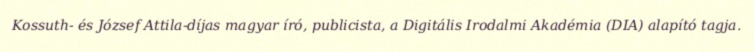
Kossuth- és József Attila-díjas magyar író, publicista, a Digitális Irodalmi Akadémia (DIA) alapító tagja.